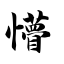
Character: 懵